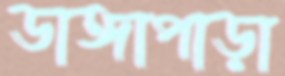
ডাঙ্গাপাড়া